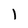
Character: 1